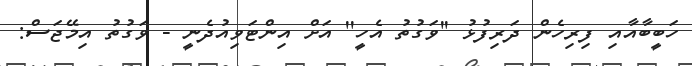
ހަބީބާއާއި ފިރިހެން ދަރިފުޅު ''ވަގުތު އެހީ'' އަށް އިންޓަވިއުދެނީ - ވަގުތު އިމޭޖަސް: